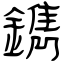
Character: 鐫